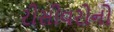
રીસીવરોનો